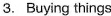
3.Buying things